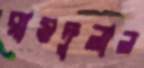
রামদুলাল